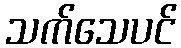
သက်သေပင်